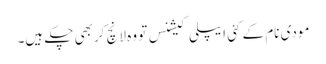
مودی نام کے کئی ایپلی کیشنس تو وہ لانچ کربھی چکے ہیں۔